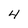
Character: 4